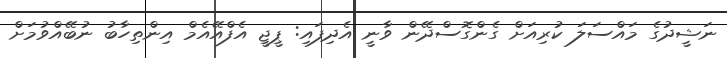
ނަޝީދުގެ މައްސަލަ ކުރިއަށް ގެންގޮސްދޭން ވާނީ އެދިފައި: ޕީޖީ އެފްއޭއެމް އިންތިހާބު ނުބޭއްވުމަށް